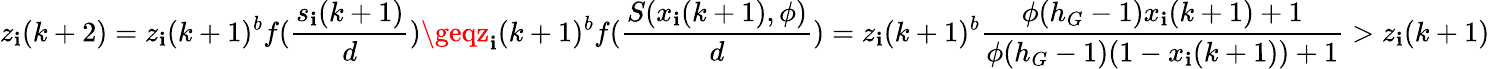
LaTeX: z_{\mathbf{i}}(k+2)=z_{\mathbf{i}}(k+1)^{b}f(\frac{{s_{\mathbf{i}}(k+1)}}{{d}})\geqz_{\mathbf{i}}(k+1)^{b}f(\frac{{S(x_{\mathbf{i}}(k+1),\phi)}}{{d}})=z_{\mathbf{i}}(k+1)^{b}\frac{{\phi(h_{G}-1)x_{\mathbf{i}}(k+1)+1}}{{\phi(h_{G}-1)(1-x_{\mathbf{i}}(k+1))+1}}>z_{\mathbf{i}}(k+1)